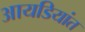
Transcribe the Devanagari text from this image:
आयडियांत